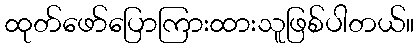
ထုတ်ဖော်ပြောကြားထားသူဖြစ်ပါတယ်။